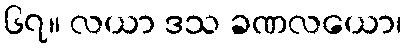
၆၇။ လယာ ဒသ ခဏလယော၊